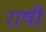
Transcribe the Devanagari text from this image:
राषी